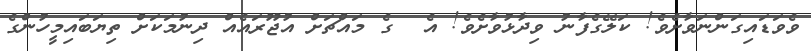
ވެވަޑައިގަންނަވާށެވެ! ކަލޭގެފާނު ވިދާޅުވާށެވެ! އެ  ގެ މައްޗަށް އުޖޫރައެއް ދިނުމަކަށް ތިޔަބައިމީހުންގެ